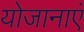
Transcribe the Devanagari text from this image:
योजानाएं